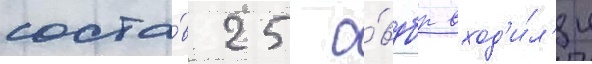
соста́в 25 о́вдбр вход'и́л'и